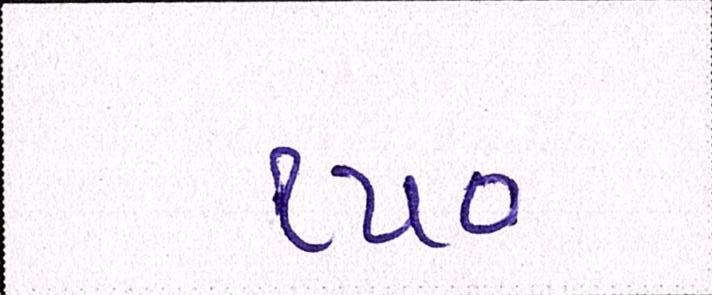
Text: ૧૫૦